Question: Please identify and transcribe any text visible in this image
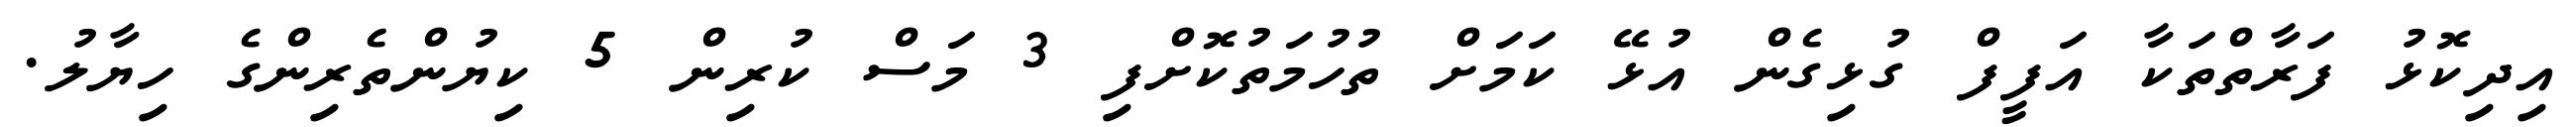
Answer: އިދިކޮޅު ފަރާތްތަކާ އަފީފް ގުޅިގެން އުޅޭ ކަމަށް ތުހުމަތުކޮށްފި 3 މަސް ކުރިން 5 ކިޔުންތެރިންގެ ހިޔާލު.